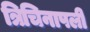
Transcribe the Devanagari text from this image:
त्रिचिनापली